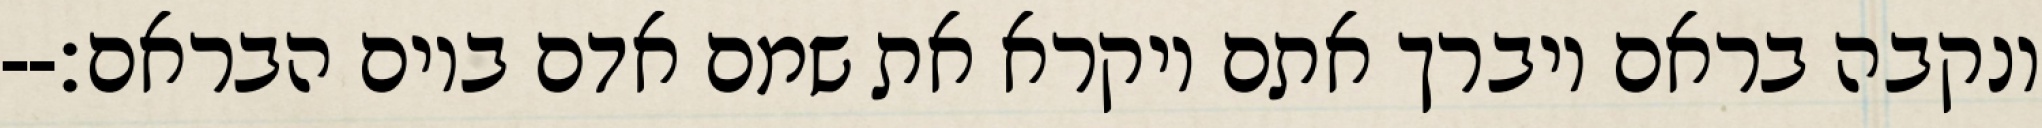
ונקבה בראם ויברך אתם ויקרא את שמם אדם ביום הבראם׃--